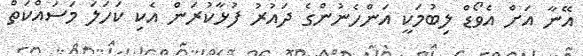
އޭނާ އަށް އެވޯޑް ލިބުމަކީ އަންހެނުންގެ ދައުރު ފުޅާކުރަން އެކި ކަހަލަ މަސައްކަތް